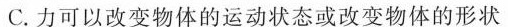
C.力可以改变物体的运动状态或改变物体的形状